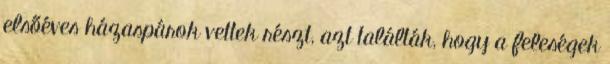
elsőéves házaspárok vettek részt, azt találták, hogy a feleségek